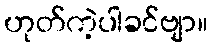
ဟုတ်ကဲ့ပါခင်ဗျာ။